Vaccination in the Punjab 1905-1918 - 1905-1918
Year: 1905
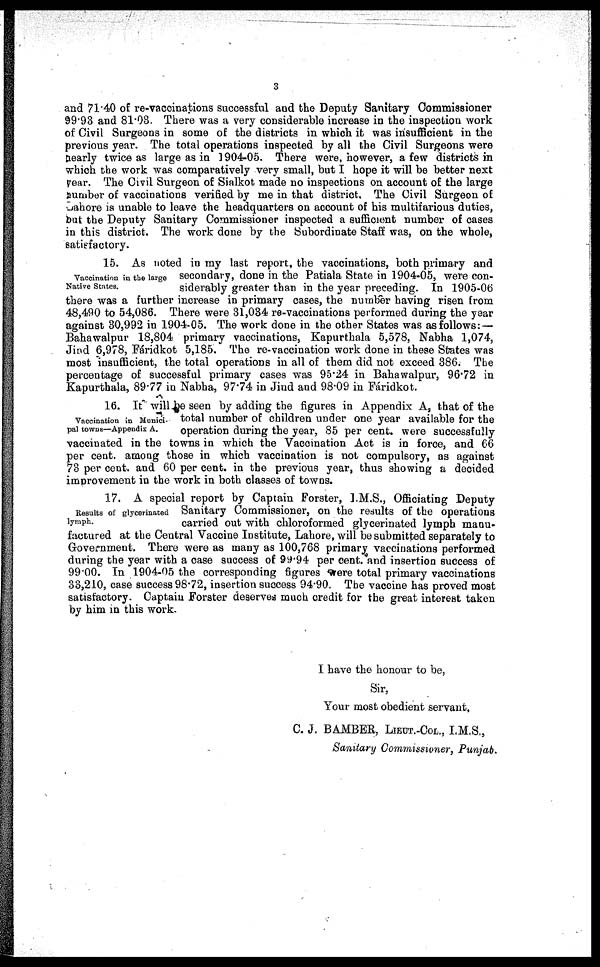
3
and 71.40 of re-vaccinations successful and the Deputy Sanitary Commissioner
99.93 and 81.03. There was a very considerable increase in the inspection work
of Civil Surgeons in some of the districts in which it was insufficient in the
previous year. The total operations inspected by all the Civil Surgeons were
nearly twice as large as in 1904-05. There were, however, a few districts in
which the work was comparatively very small, but I hope it will be better next
year. The Civil Surgeon of Sialkot made no inspections on account of the large
number of vaccinations verified by me in that district. The Civil Surgeon of
-Lahore is unable to leave the headquarters on account of his multifarious duties,
but the Deputy Sanitary Commissioner inspected a sufficient number of cases
in this district. The work done by the Subordinate Staff was, on the whole,
satisfactory.
Vaccination in the large
Native States.
15. As noted in my last report, the vaccinations, both primary and
secondary, done in the Patiala State in 1904-05, were con-
siderably greater than in the year preceding. In 1905-06
there was a further increase in primary cases, the number having risen from
48,490 to 54,086. There were 31,034 re-vaccinations performed during the year
against 30,992 in 1904-05. The work done in the other States was as follows: —
Bahawalpur 18,804 primary vaccinations, Kapurthala 5,578, Nabha 1,074,
Jind 6,978, Fáridkot 5,185. The re-vaccination work done in these States was
most insufficient, the total operations in all of them did not exceed 386. The
percentage of successful primary cases was 95.24 in Bahawalpur, 96.72 in
Kapurthala, 89.77 in Nabha, 97.74 in Jind and 98.09 in Fáridkot.
Vaccination in Munici-
pal towns—Appendix A.
16. It will be seen by adding the figures in Appendix A, that of the
total number of children under one year available for the
operation during the year, 85 per cent. were successfully
vaccinated in the towns in which the Vaccination Act is in force, and 66
per cent. among those in which vaccination is not compulsory, as against
73 per cent. and 60 per cent. in the previous year, thus showing a decided
improvement in the work in both classes of towns.
Results of glycerinated
lymph.
17. A special report by Captain Forster, I.M.S., Officiating Deputy
Sanitary Commissioner, on the results of the operations
carried out with chloroformed glycerinated lymph manu-
factured at the Central Vaccine Institute, Lahore, will be submitted separately to
Government. There were as many as 100,768 primary vaccinations performed
during the year with a case success of 99.94 per cent. and insertion success of
99.00. In 1904-05 the corresponding figures were total primary vaccinations
33,210, case success 98.72, insertion success 94.90. The vaccine has proved most
satisfactory. Captain Forster deserves much credit for the great interest taken
by him in this work.
I have the honour to be,
Sir,
Your most obedient servant,
C. J. BAMBER, LIEUT.-COL., I.M.S.,
Sanitary Commissioner, Punjab.